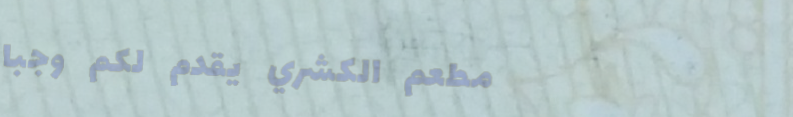
مطعم الكشري يقدم لكم وجبا